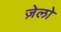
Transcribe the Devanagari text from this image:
ज़ेलो